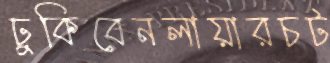
ঢুকিবেনলায়ারচট